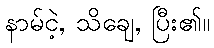
နာမ်ငဲ့, သိချေ, ပြီး၏။